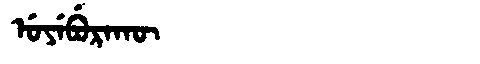
Manchu: ᡠᠶᡝᠪᡠᡵᠠᡴᡡ
Romanization: UYEBURAKŪ